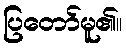
ပြတော်မူ၏။